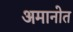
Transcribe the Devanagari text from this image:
अमानोत